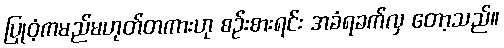
ပြုဝံ့ကမည်မဟုတ်တကားဟု စဉ်းစားရင်း အခံရခက်လှ တော့သည်။